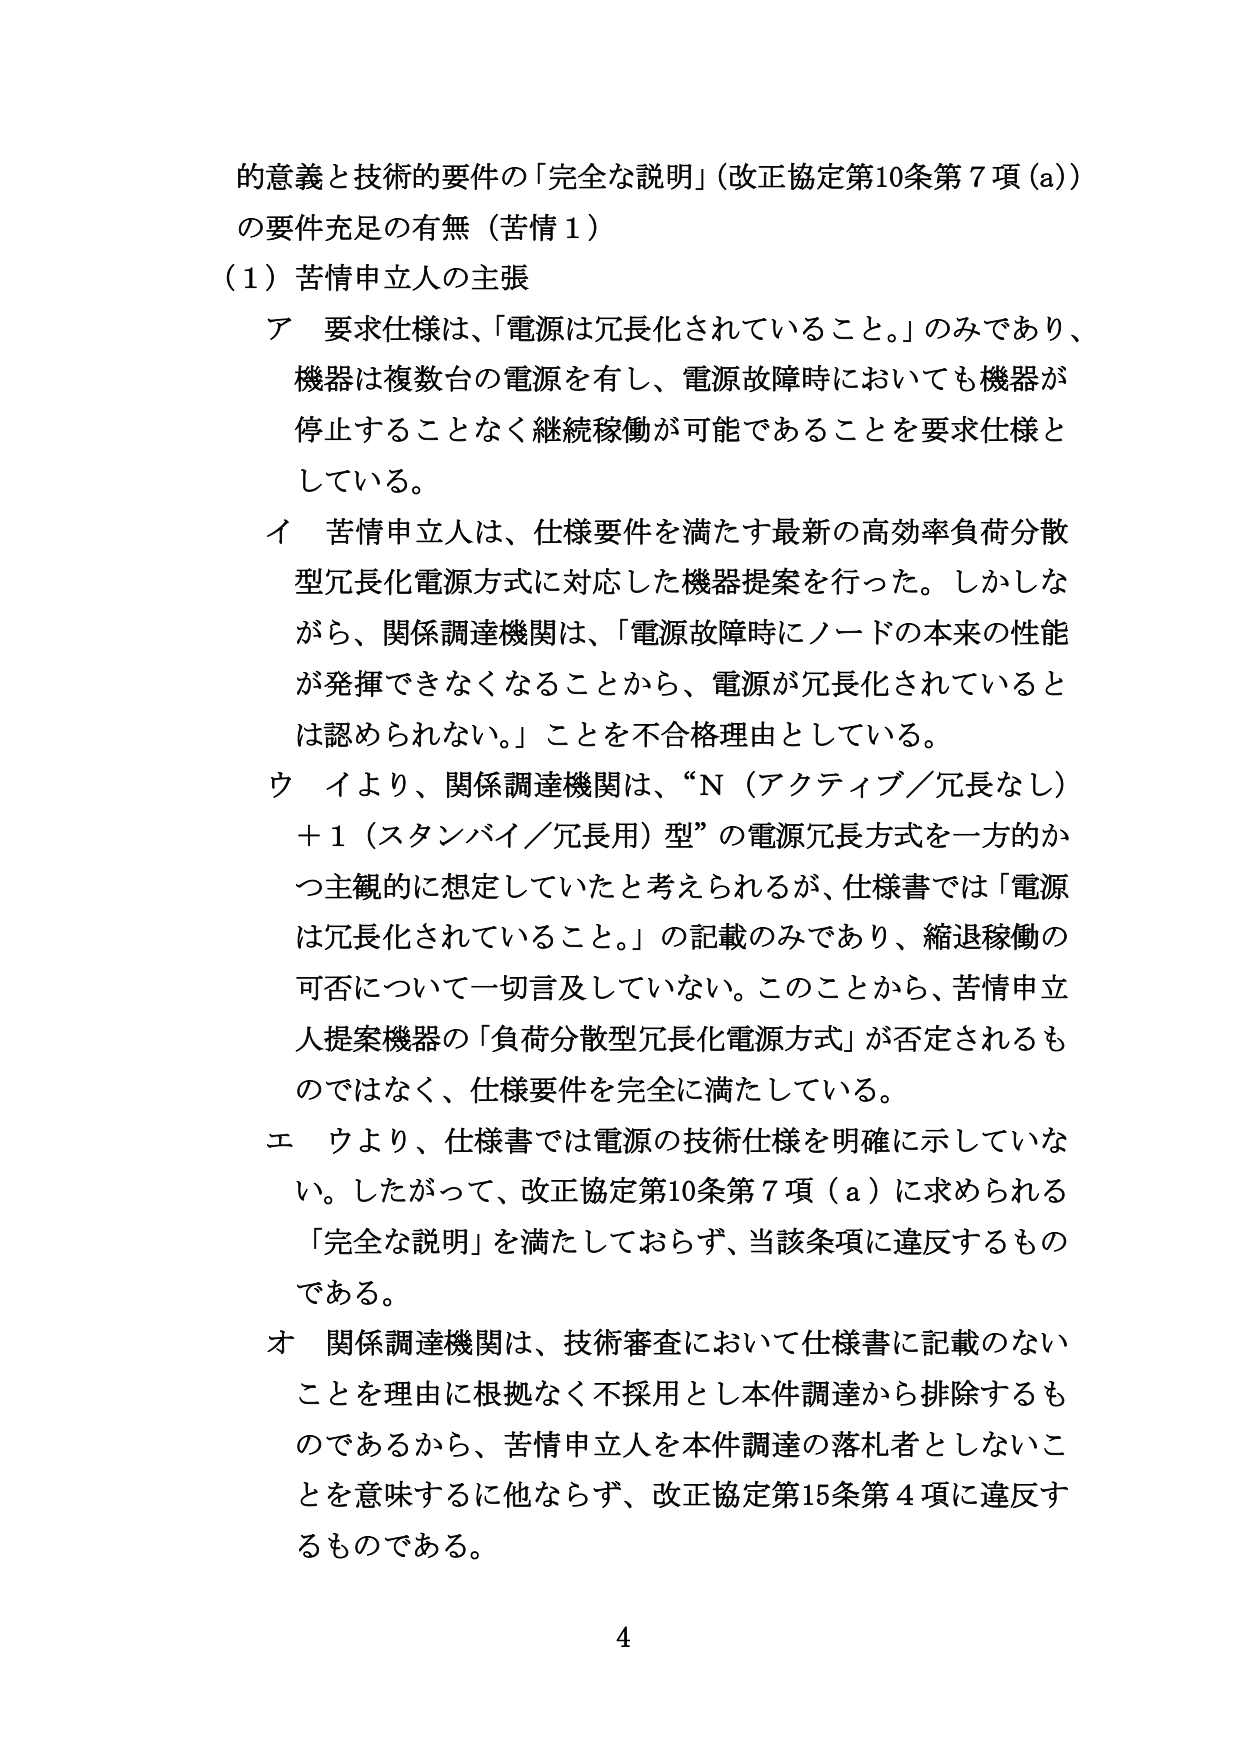
的意義と技術的要件の「完全な説明」（改正協定第10条第7項（a））
の要件充足の有無（苦情1）
（1）苦情申立人の主張
ア 要求仕様は、「電源は冗長化されていること。」のみであり、
機器は複数台の電源を有し、電源故障時においても機器が
停止することなく継続稼働が可能であることを要求仕様と
している。
イ 苦情申立人は、仕様要件を満たす最新の高効率負荷分散
型冗長化電源方式に対応した機器提案を行った。しかしな
がら、関係調達機関は、「電源故障時にノードの本来の性能
が発揮できなくなることから、電源が冗長化されていると
は認められない。」ことを不合格理由としている。
ウ イより、関係調達機関は、“N（アクティブ／冗長なし）
＋1（スタンバイ／冗長用）型”の電源冗長方式を一方的か
つ主観的に想定していたと考えられるが、仕様書では「電源
は冗長化されていること。」の記載のみであり、縮退稼働の
可否について一切言及していない。このことから、苦情申立
人提案機器の「負荷分散型冗長化電源方式」が否定されるも
のではなく、仕様要件を完全に満たしている。
エ ウより、仕様書では電源の技術仕様を明確に示していな
い。したがって、改正協定第10条第7項（a）に求められる
「完全な説明」を満たしておらず、当該条項に違反するもの
である。
オ 関係調達機関は、技術審査において仕様書に記載のない
ことを理由に根拠なく不採用とし本件調達から排除するも
のであるから、苦情申立人を本件調達の落札者としないこ
とを意味するに他ならず、改正協定第15条第4項に違反す
るものである。
4